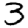
Digit: 3